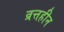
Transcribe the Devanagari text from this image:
व्रत्तहीन